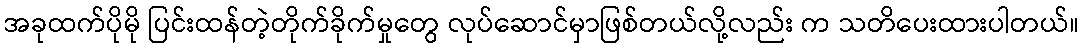
အခုထက်ပိုမို ပြင်းထန်တဲ့တိုက်ခိုက်မှုတွေ လုပ်ဆောင်မှာဖြစ်တယ်လို့လည်း က သတိပေးထားပါတယ်။